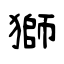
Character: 獅